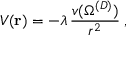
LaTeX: V ( { \bf r } ) = - \lambda \, \frac { v ( \Omega ^ { ( { D } ) } ) } { r ^ { 2 } } \; ,